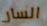
السار